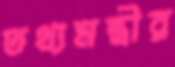
তথ্যমন্ত্রীর